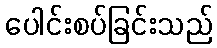
ပေါင်းစပ်ခြင်းသည်